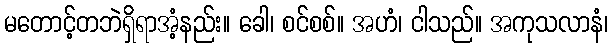
မတောင့်တဘဲရှိရာအံ့နည်း။ ခေါ၊ စင်စစ်။ အဟံ၊ ငါသည်။ အကုသလာနံ၊